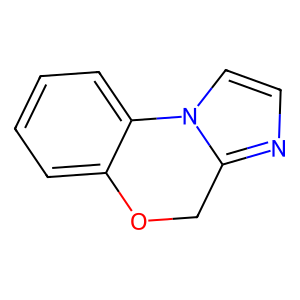
SMILES: c1ccc2c(c1)OCc1nccn1-2
Inhibits HIV replication: No